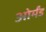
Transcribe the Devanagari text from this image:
ओर्मंड